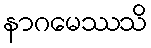
နာဂမေဿသိ